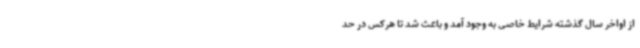
از اواخر سال گذشته شرایط خاصی به وجود آمد و باعث شد تا هرکس در حد